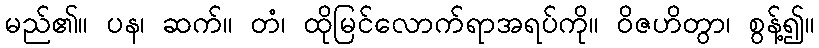
မည်၏။ ပန၊ ဆက်။ တံ၊ ထိုမြင်လောက်ရာအရပ်ကို။ ဝိဇဟိတွာ၊ စွန့်၍။